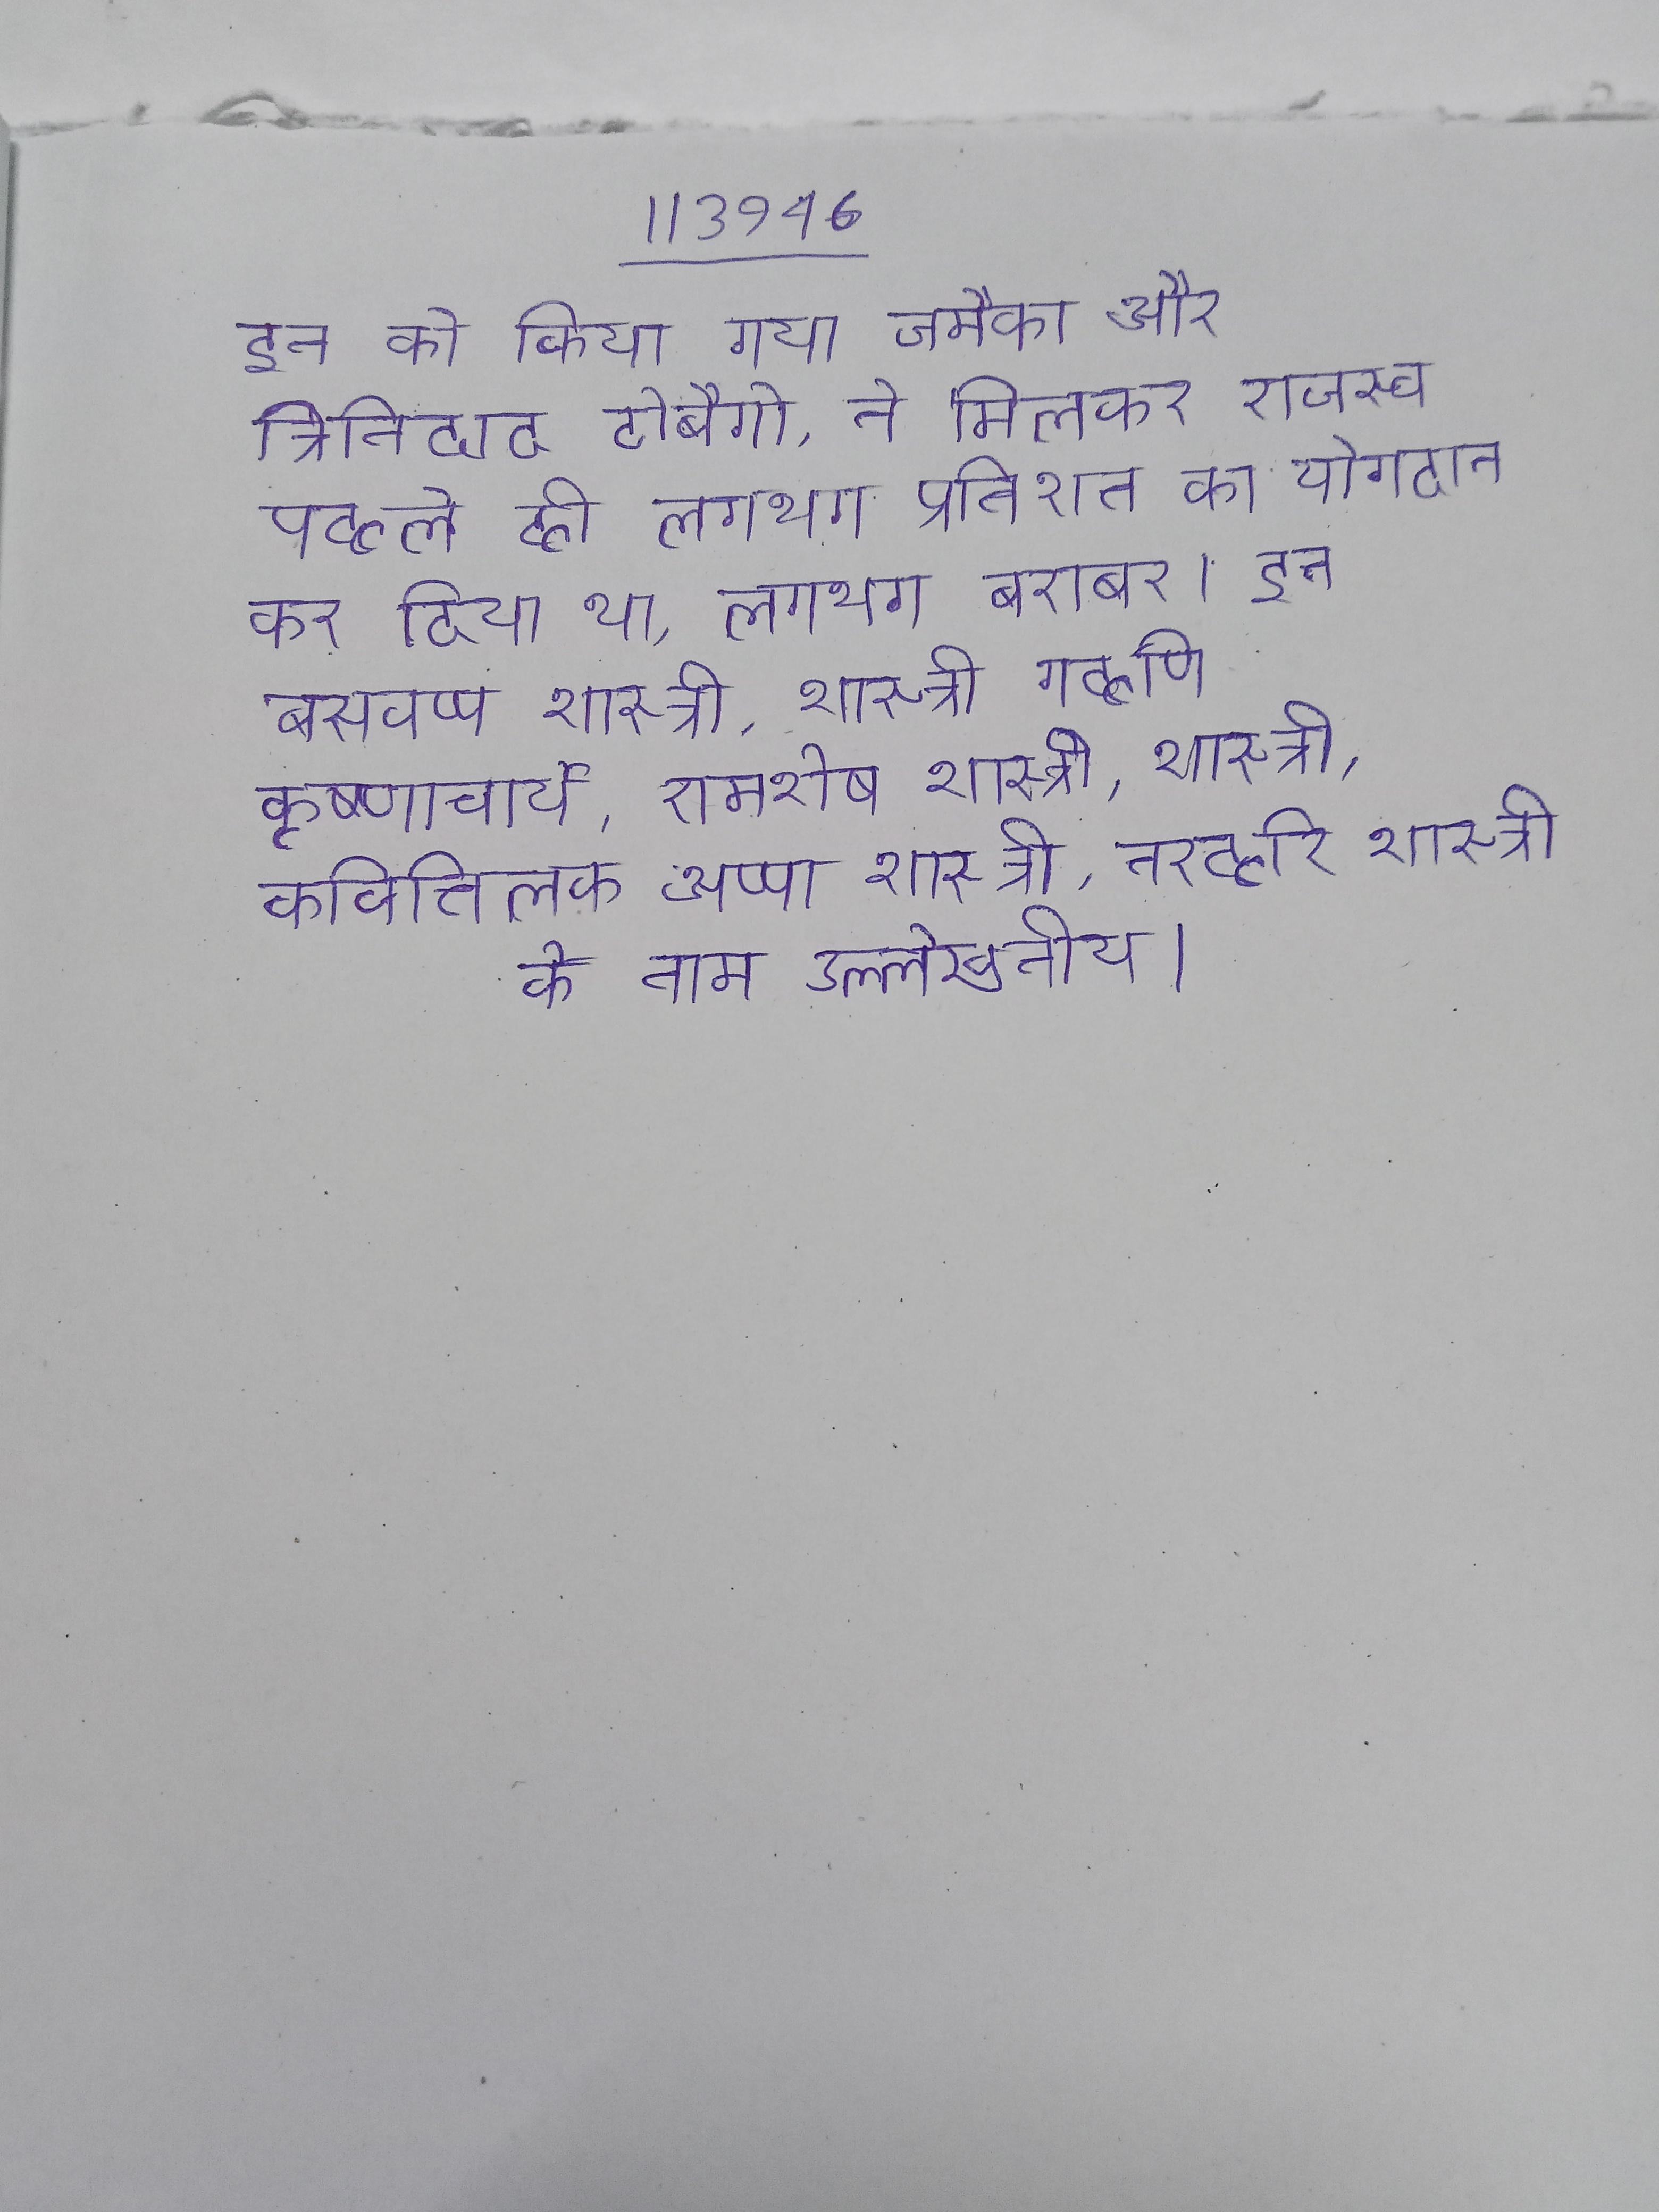
इन को किया गया जमैका और त्रिनिदाद टोबैगो, ने मिलकर राजस्व पहले ही लगभग प्रतिशत का योगदान कर दिया था, लगभग बराबर । इन बसवप्प शास्त्री, शास्त्री गहणि कृष्णाचार्य, रामशेष शास्त्री, शास्त्री, कवितिलक अप्पा शास्त्री, नरहरि शास्त्री के नाम उल्लेखनीय ।